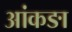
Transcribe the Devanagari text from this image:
आंकङा